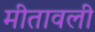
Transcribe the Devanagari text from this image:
मीतावली